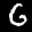
Label: 6